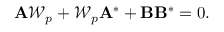
\mathbf { A } \mathcal { W } _ { p } + \mathcal { W } _ { p } \mathbf { A } ^ { * } + \mathbf { B } \mathbf { B } ^ { * } = 0 .